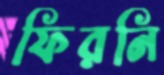
ফিরনি